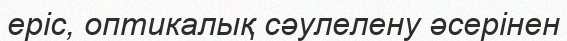
epic, оптикалық сәулелену әсерінен